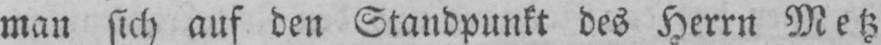
man sich auf den Standpunkt des Herrn Metz